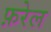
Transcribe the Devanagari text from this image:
फ़रेल